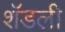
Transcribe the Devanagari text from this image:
शॅडली